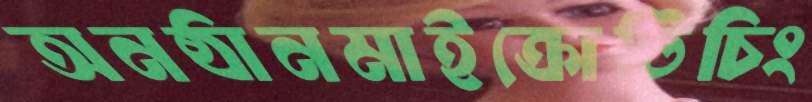
অনষ্ঠানমাইক্রোটিচিং